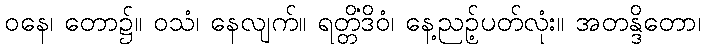
ဝနေ၊ တော၌။ ဝသံ၊ နေလျက်။ ရတ္တိံဒိဝံ၊ နေ့ညဉ့်ပတ်လုံး။ အတန္ဒိတော၊